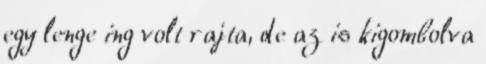
egy lenge ing volt rajta, de az is kigombolva